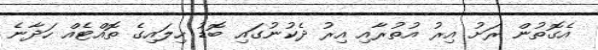
އެގޮތުން ރަށު އިރު އުތުރާއި އިރު ދެކުނުގައި ބޮޑު ހިލައިގެ ތޮއްޓެއް ހަދާނެ